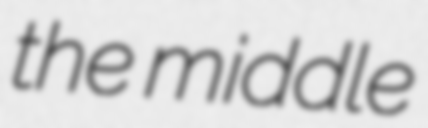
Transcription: the middle